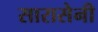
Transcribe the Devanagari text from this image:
सारासेनी